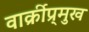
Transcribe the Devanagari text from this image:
वार्क्रीप्र्मुख